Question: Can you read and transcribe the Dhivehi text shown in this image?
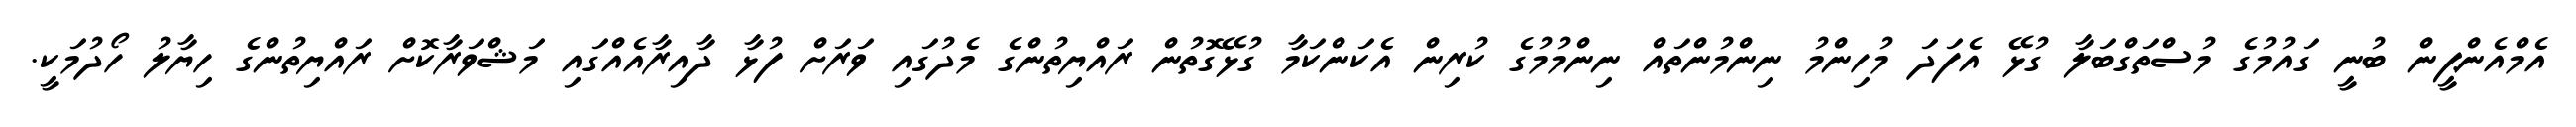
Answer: އެމްއެންޕީން ބުނީ ގައުމުގެ މުސްތަގްބަލާ ގުޅޭ އެފަދަ މުހިންމު ނިންމުންތައް ނިންމުމުގެ ކުރިން އެކަންކަމާ ގުޅޭގޮތުން ރައްޔިތުންގެ މެދުގައި ވަރަށް ފުޅާ ދާއިރާއެއްގައި މަޝްވަރާކޮށް ރައްޔިތުންގެ ހިޔާލު ހޯދުމަކީ.